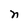
Character: n